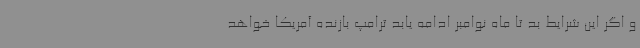
و اگر این شرایط بد تا ماه نوامبر ادامه یابد ترامپ بازنده آمریکا خواهد